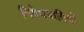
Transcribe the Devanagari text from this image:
निषेधवादियों